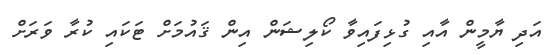
އަދި ޔާމީން އާއި ގުޅިފައިވާ ކޯލިޝަން އިން ޤަައުމަށް ޓަކައި ކުރާ ވަރަށް